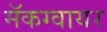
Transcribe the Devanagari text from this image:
मॅकग्वायर